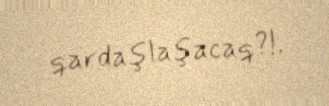
qardaşlaşacaq?!.